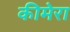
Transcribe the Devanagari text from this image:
कीमेरा